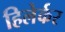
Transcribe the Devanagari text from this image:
हिलेर्कर